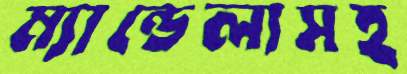
ম্যান্ডেলাসহ